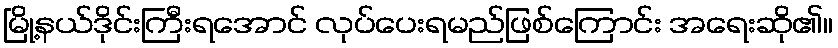
မြို့နယ်ဒိုင်းကြီးရအောင် လုပ်ပေးရမည်ဖြစ်ကြောင်း အရေးဆို၏။